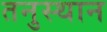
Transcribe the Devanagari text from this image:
तनुस्थान